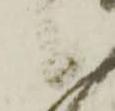
候